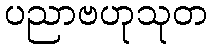
ပညာဗဟုသုတ